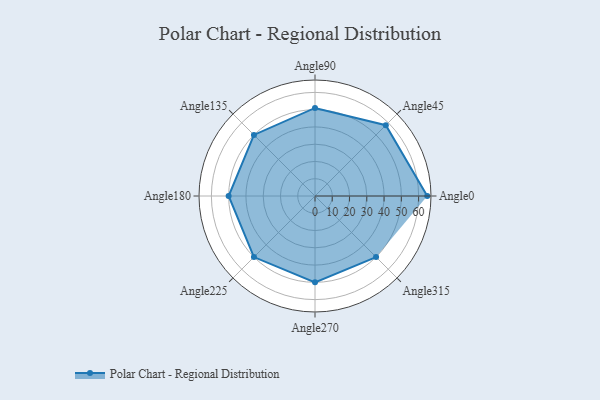
{"axis": {"x": "Angle", "y": "Radius"}, "legend": [""], "data": [{"x": "Angle0", "y": 65.0, "type": ""}, {"x": "Angle45", "y": 58.0, "type": ""}, {"x": "Angle90", "y": 51.0, "type": ""}, {"x": "Angle135", "y": 50, "type": ""}, {"x": "Angle180", "y": 50, "type": ""}, {"x": "Angle225", "y": 50, "type": ""}, {"x": "Angle270", "y": 50, "type": ""}, {"x": "Angle315", "y": 50, "type": ""}]}